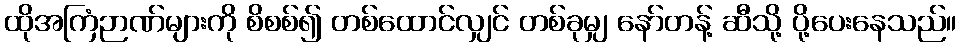
ထိုအကြံဉာဏ်များကို စိစစ်၍ တစ်ထောင်လျှင် တစ်ခုမျှ နော်တန့် ဆီသို့ ပို့ပေးနေသည်။